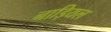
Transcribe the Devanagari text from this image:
नाड़ियल